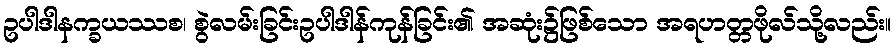
ဥပါဒါနက္ခယဿစ၊ စွဲလမ်းခြင်းဥပါဒါန်ကုန်ခြင်း၏ အဆုံး၌ဖြစ်သော အရဟတ္တဖိုလ်သို့လည်း။